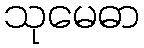
သုမေဓာ